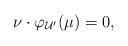
LaTeX: \begin{align*}\nu \cdot \varphi_{\mathcal{U}'}(\mu) = 0,\end{align*}